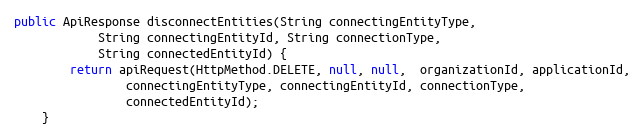
Language: Java
public ApiResponse disconnectEntities(String connectingEntityType,
            String connectingEntityId, String connectionType,
            String connectedEntityId) {
        return apiRequest(HttpMethod.DELETE, null, null,  organizationId, applicationId,
                connectingEntityType, connectingEntityId, connectionType,
                connectedEntityId);
    }